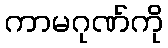
ကာမဂုဏ်ကို